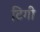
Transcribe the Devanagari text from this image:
टिगी